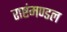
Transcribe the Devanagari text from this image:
राष्टंमण्डल